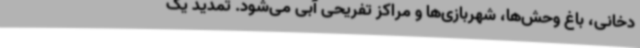
دخانی، باغ وحش‌ها، شهربازی‌ها و مراکز تفریحی آبی می‌شود. تمدید یک